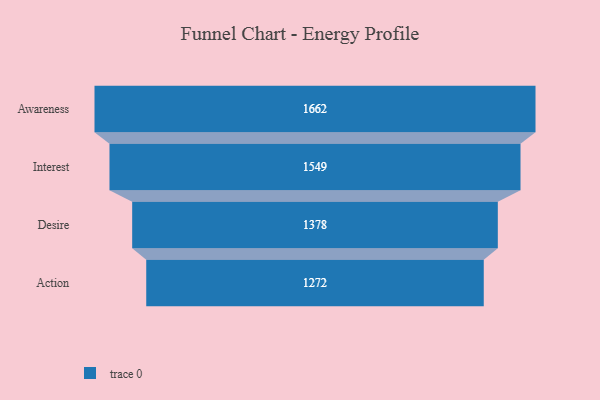
{"axis": {"x": "Stage", "y": "Value"}, "legend": [""], "data": [{"x": "Awareness", "y": 1662.0, "type": ""}, {"x": "Interest", "y": 1549.0, "type": ""}, {"x": "Desire", "y": 1378.0, "type": ""}, {"x": "Action", "y": 1272.0, "type": ""}]}